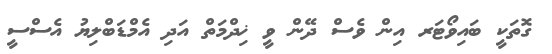
ގޮތަކީ ބައިވޯޓަރ އިން ވެސް ދޭން ވީ ޚިދްމަތް އަދި އެމްޑަބްލިޔު އެސްސީ